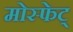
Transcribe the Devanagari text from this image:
मोस्फेट्